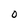
Character: O